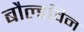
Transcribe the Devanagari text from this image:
बौल्डविन